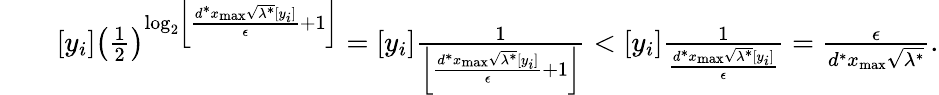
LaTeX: \begin{array}{rlr}&{}&{[y_{i}]\left(\frac{1}{2}\right)^{\mathrm{log}_{2}\left\lfloor\frac{d^{*}x_{\operatorname*{max}}\sqrt{\lambda^{*}}[y_{i}]}{\epsilon}+1\right\rfloor}=[y_{i}]\frac{1}{\left\lfloor\frac{d^{*}x_{\operatorname*{max}}\sqrt{\lambda^{*}}[y_{i}]}{\epsilon}+1\right\rfloor}<[y_{i}]\frac{1}{\frac{d^{*}x_{\operatorname*{max}}\sqrt{\lambda^{*}}[y_{i}]}{\epsilon}}=\frac{\epsilon}{d^{*}x_{\operatorname*{max}}\sqrt{\lambda^{*}}}.}\end{array}